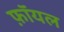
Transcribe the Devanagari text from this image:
फ़ॉयल